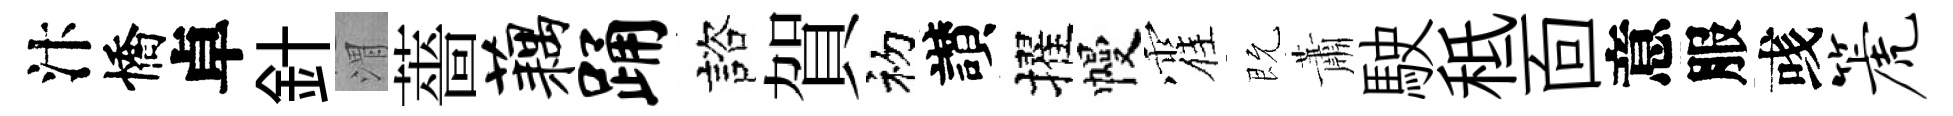
汴憍卓針渭薔藕踊諮賀初讃擢幔霍既蕭駛秪靣意服彧篪